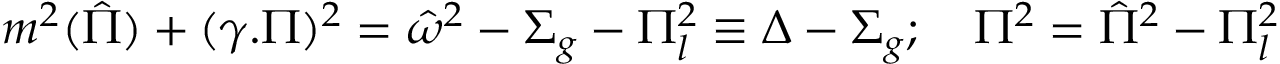
m ^ { 2 } ( \hat { \Pi } ) + ( \gamma . \Pi ) ^ { 2 } = { \hat { \omega } } ^ { 2 } - \Sigma _ { g } - \Pi _ { l } ^ { 2 } \equiv \Delta - \Sigma _ { g } ; \quad \Pi ^ { 2 } = \hat { \Pi } ^ { 2 } - \Pi _ { l } ^ { 2 }